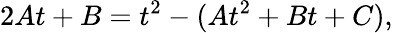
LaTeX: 2At+B=t^{2}-(At^{2}+Bt+C),